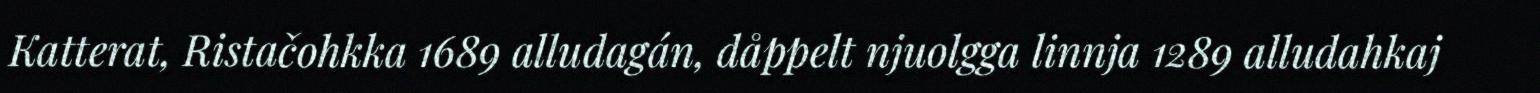
Katterat, Ristačohkka 1689 alludagán, dåppelt njuolgga linnja 1289 alludahkaj